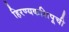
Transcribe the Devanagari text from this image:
हिरण्यकशिपूची